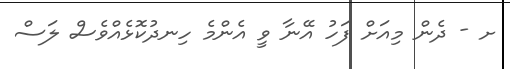
ށ - ދެން މިއަށް ފަހު އޭނާ ވީ އެންމެ ހިނދުކޮޅެއްވެސް ލަސް